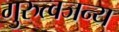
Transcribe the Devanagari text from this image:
गुरुत्वजन्य